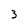
Character: 3